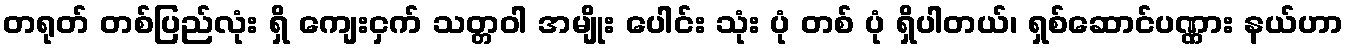
တရုတ် တစ်ပြည်လုံး ရှိ ကျေးငှက် သတ္တဝါ အမျိုး ပေါင်း သုံး ပုံ တစ် ပုံ ရှိပါတယ်၊ ရှစ်ဆောင်ပဏ္ဏား နယ်ဟာ